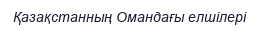
Қазақстанның Омандағы елшілері